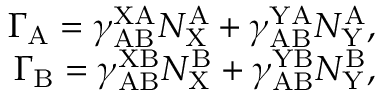
\begin{array} { r } { \Gamma _ { \mathrm { A } } = \gamma _ { \mathrm { A B } } ^ { \mathrm { X A } } N _ { \mathrm { X } } ^ { \mathrm { A } } + \gamma _ { \mathrm { A B } } ^ { \mathrm { Y A } } N _ { \mathrm { Y } } ^ { \mathrm { A } } , } \\ { \Gamma _ { \mathrm { B } } = \gamma _ { \mathrm { A B } } ^ { \mathrm { X B } } N _ { \mathrm { X } } ^ { \mathrm { B } } + \gamma _ { \mathrm { A B } } ^ { \mathrm { Y B } } N _ { \mathrm { Y } } ^ { \mathrm { B } } , } \end{array}